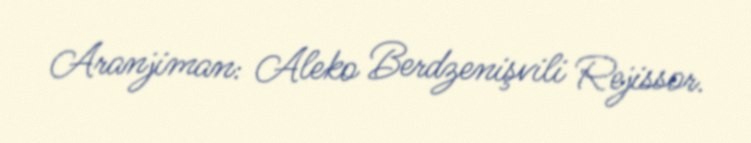
Aranjiman: Aleko Berdzenişvili Rejissor.